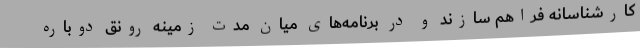
کارشناسانه فراهم سازند و در برنامه‌های میان مدت زمینه رونق دوباره